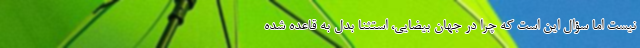
نيست اما سؤال اين است كه چرا در جهان بيضايي، استثنا بدل به قاعده شده